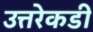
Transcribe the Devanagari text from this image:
उत्तरेकडी